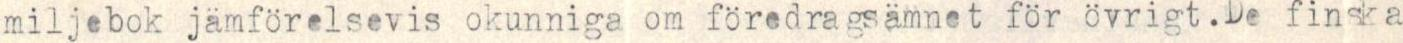
miljebok jämförelsevis okunniga om föredragsämnet för övrigt.De finska